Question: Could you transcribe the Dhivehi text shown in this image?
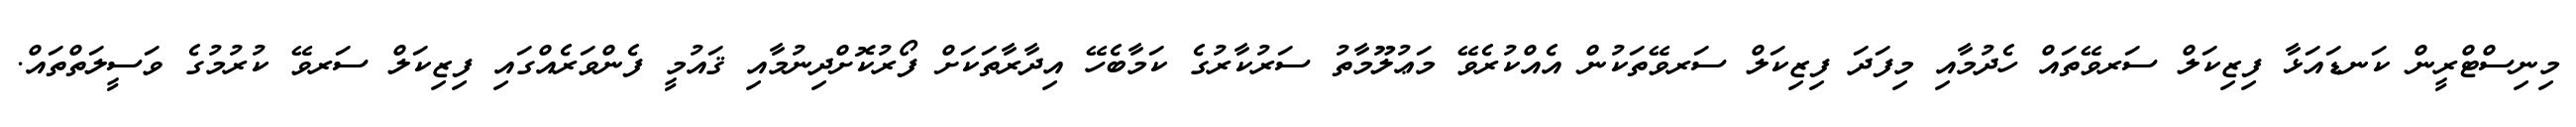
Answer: މިނިސްޓްރީން ކަނޑައަޅާ ފިޒިކަލް ސަރވޭތައް ހެދުމާއި މިފަދަ ފިޒިކަލް ސަރވޭތަކުން އެއްކުރެވޭ މަޢުލޫމާތު ސަރުކާރުގެ ކަމާބެހޭ އިދާރާތަކަށް ފޯރުކޮށްދިނުމާއި ޤައުމީ ފެންވަރެއްގައި ފިޒިކަލް ސަރވޭ ކުރުމުގެ ވަސީލަތްތައް.